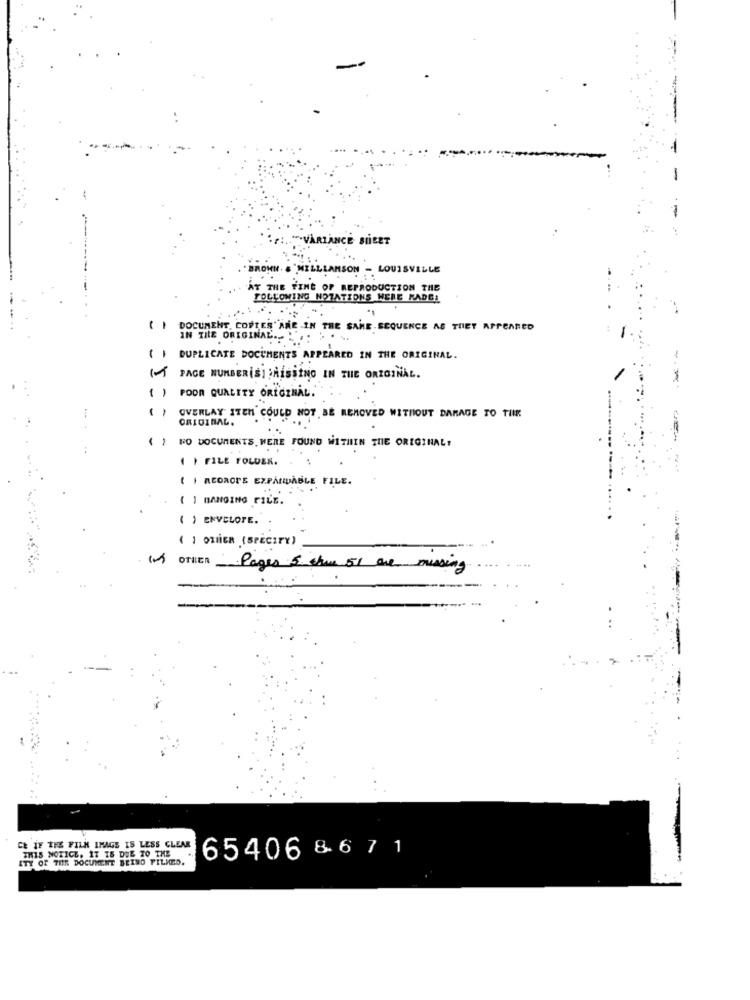
-
-
-
"VARIANCE STREET
BROWN
LLE
AT THE FINE OF REPRODUCTION THE
FOLLOWING NOTATIONS WERE RADEL
...
11
DOCUMENT, COPTES' ANE -IN THE SAME.SEQUENCE AS THEY APPEARED
IN THE ORIGINAL .. . ..
DUPLICATE DOCUMENTS APPEARED IN THE ORIGINAL.
PAGE NUMBERISISMISSING IN THE ORIGINAL.
()
POOR QUALITY ORIGINAL.
OVERLAY ITEM COULD NOT BE REMOVED WITHOUT DAMAGE TO THE
ORIGINAL.
FO DOCUMENTS WERE FOUND WITHIIN THE ORIGINAL!
1 ) FILE FOLDER.
( I REDROPE EXPANDABLE FILE.
( 1 BANGING FILE.
( ) ENVELOPE.
( 1 ORIER (SPECIFY)
OTILER
Pages 5 thun 51 are missing
CE IF THE FILM IMAGE IS LESS CLEAR
THIS NOTICE. IT IS DUE TO THE
ITY OF THR DOCUMENT BEINO PILMED.
65406 8671